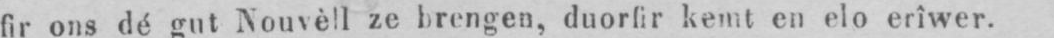
fir ons dé gut Nouvèll ze brengen, duorfir kemt en elo erîwer.